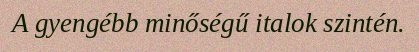
A gyengébb minőségű italok szintén.